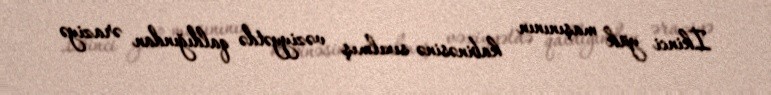
İkinci yük maşınının kabinəsinə sıxılmış vəziyyətdə qaldığından əraziyə